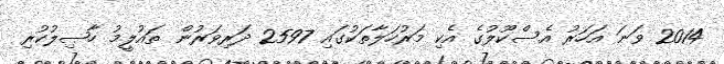
2014 ވަނަ އަހަރު އެސްކޫލުގެ އެކި މަރުހަލާތަކުގައި 2597 ދަރިވަރުން ތައުލީމު ހާޞިލުކުރި